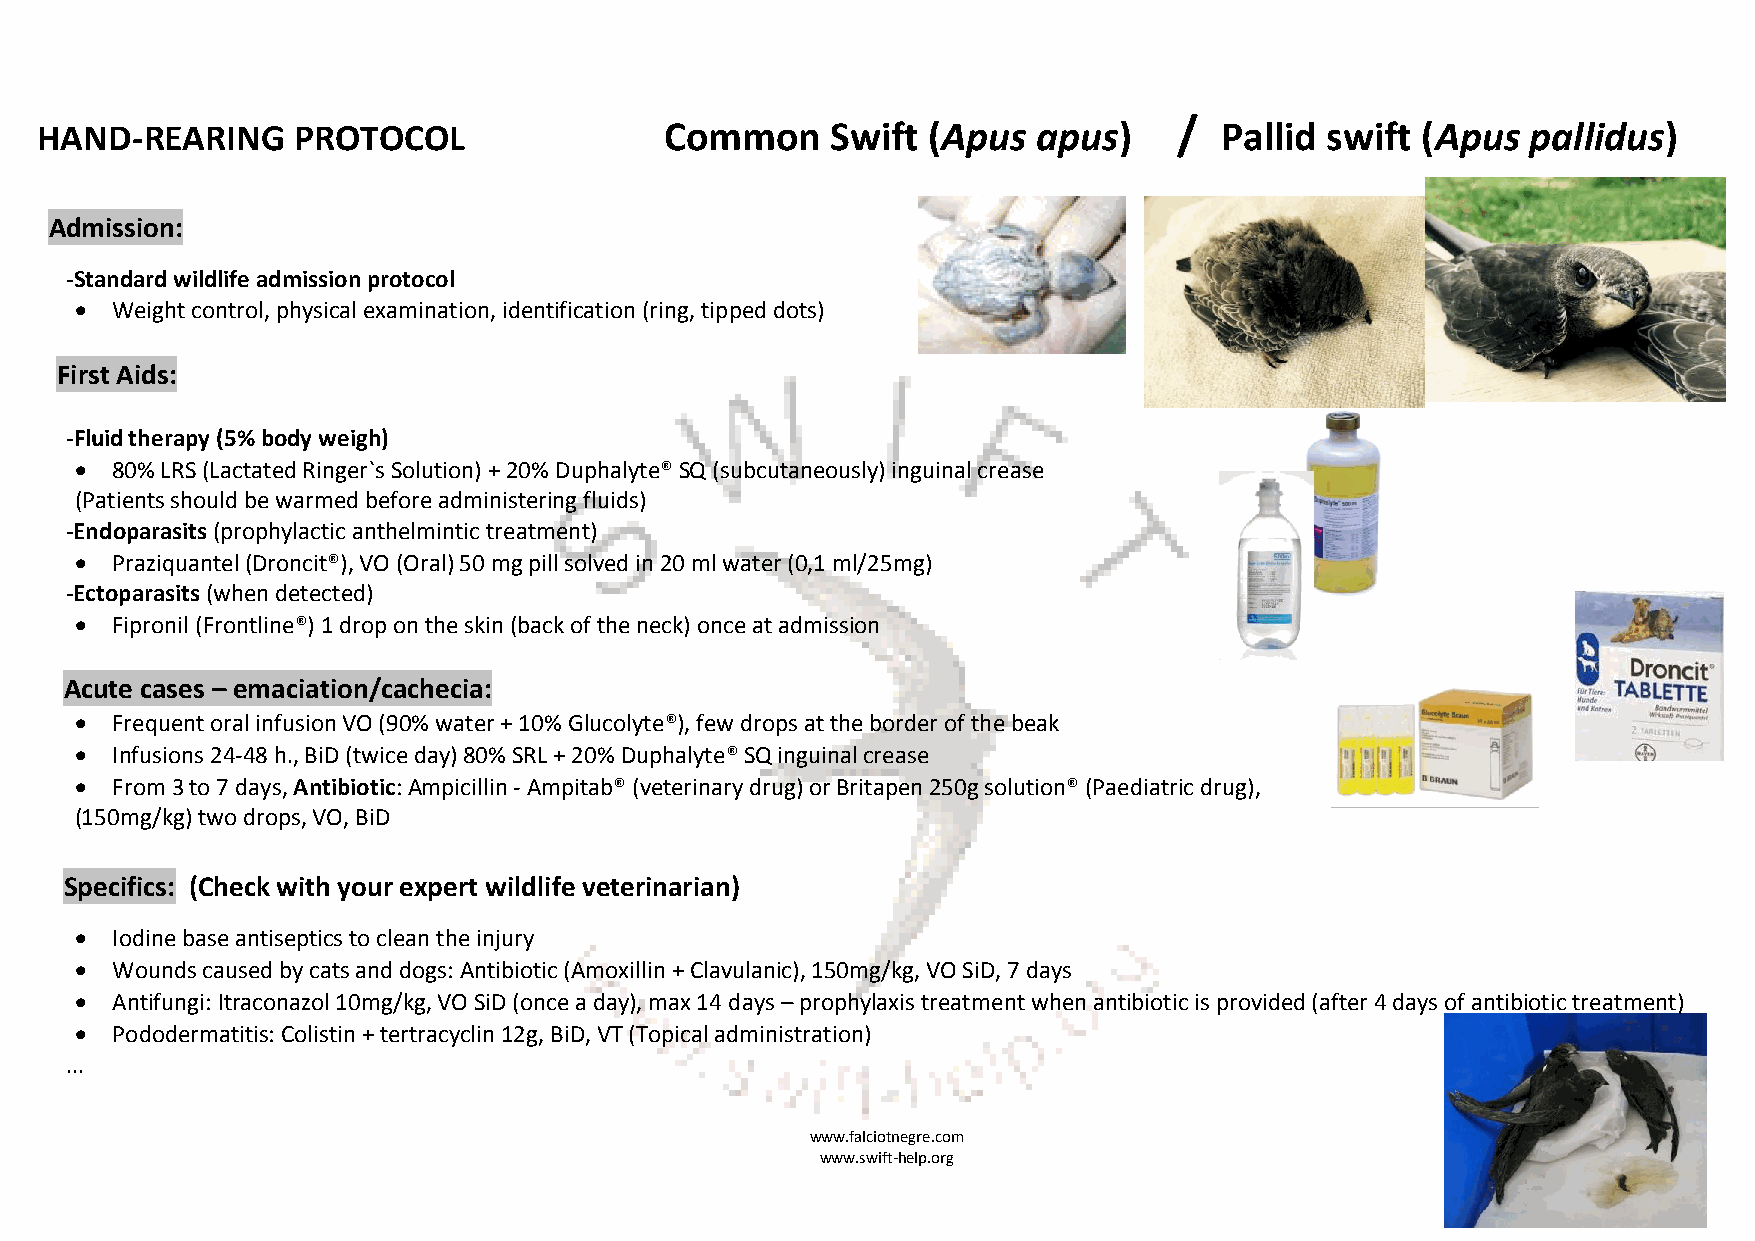
HAND-REARING     PROTOCOL                 Common     Swift (Apus   apus)    /  Pallid swift (Apus  pallidus)
 Admission:
 -Standard wildlife admission protocol
  Weight control, physical examination, identification (ring, tipped dots)
 First Aids:
 -Fluid therapy (5% body weigh)
  80% LRS (Lactated Ringer`s Solution) + 20% Duphalyte® SQ (subcutaneously) inguinal crease
 (Patients should be warmed before administering fluids)
 -Endoparasits (prophylactic anthelmintic treatment)
  Praziquantel (Droncit®), VO (Oral) 50 mg pill solved in 20 ml water (0,1 ml/25mg)
 -Ectoparasits (when detected)
  Fipronil (Frontline®) 1 drop on the skin (back of the neck) once at admission
 Acute cases – emaciation/cachecia:
  Frequent oral infusion VO (90% water + 10% Glucolyte®), few drops at the border of the beak
  Infusions 24-48 h., BiD (twice day) 80% SRL + 20% Duphalyte® SQ inguinal crease
  From 3 to 7 days, Antibiotic: Ampicillin - Ampitab® (veterinary drug) or Britapen 250g solution® (Paediatric drug),
 (150mg/kg) two drops, VO, BiD
 Specifics: (Check with your expert wildlife veterinarian)
  Iodine base antiseptics to clean the injury
  Wounds caused by cats and dogs: Antibiotic (Amoxillin + Clavulanic), 150mg/kg, VO SiD, 7 days
  Antifungi: Itraconazol 10mg/kg, VO SiD (once a day), max 14 days – prophylaxis treatment when antibiotic is provided (after 4 days of antibiotic treatment)
  Pododermatitis: Colistin + tertracyclin 12g, BiD, VT (Topical administration)
 ...
 www.falciotnegre.com
 www.swift-help.org